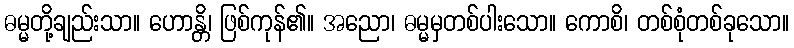
ဓမ္မတို့ချည်းသာ။ ဟောန္တိ၊ ဖြစ်ကုန်၏။ အညော၊ ဓမ္မမှတစ်ပါးသော။ ကောစိ၊ တစ်စုံတစ်ခုသော။